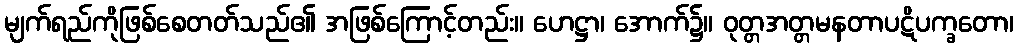
မျက်ရည်ကိုဖြစ်စေတတ်သည်၏ အဖြစ်ကြောင့်တည်း။ ဟေဋ္ဌာ၊ အောက်၌။ ဝုတ္တအတ္တမနတာပဋိပက္ခတော၊